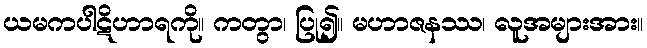
ယမကပါဋိဟာရကို။ ကတွာ၊ ပြု၍။ မဟာဇနဿ၊ လူအများအား။